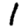
Digit: 1